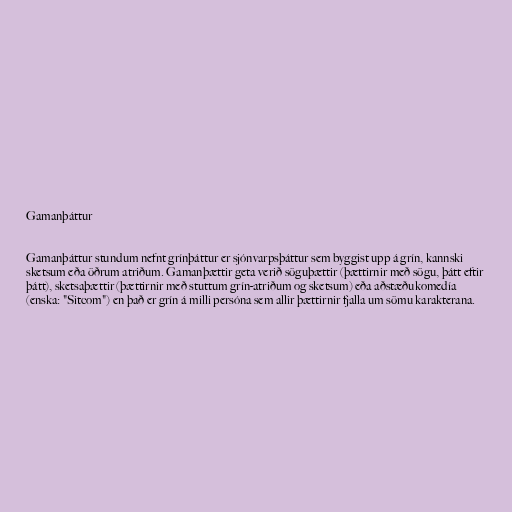
Gamanþáttur

Gamanþáttur stundum nefnt grínþáttur er sjónvarpsþáttur sem byggist upp á grín, kannski
sketsum eða öðrum atriðum. Gamanþættir geta verið söguþættir (þættirnir með sögu, þátt eftir
þátt), sketsaþættir (þættirnir með stuttum grín-atriðum og sketsum) eða aðstæðukomedía
(enska: "Sitcom") en það er grín á milli persóna sem allir þættirnir fjalla um sömu karakterana.